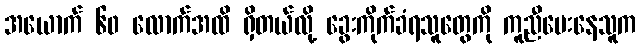
အယောက် ၆၀ လောက်အထိ ရှိတယ်လို့ ခွေးကိုက်ခံရသူတွေကို ကူညီပေးနေသူက